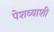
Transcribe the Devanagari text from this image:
पेशव्याशी